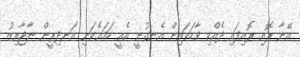
އޭނާ ރޮއި ރޮއިފައި ދެއްކި ވާހަކައިން އެނގުނީ އެއީ ހަމައެކަނި އަނދިރީން ނާޖާއިޒު